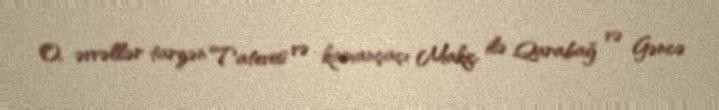
O, əvvəllər tarzən Tatevos və kamançaçı Makiç ilə Qarabağ və Gəncə